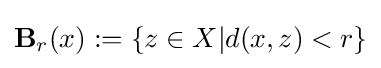
\mathbf {B} _{r}(x):=\{z\in X|d(x,z)<r\}